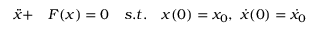
\begin{array} { r l } { \ddot { x } + } & { { } F ( x ) = 0 \quad s . t . \quad x ( 0 ) = x _ { 0 } , \ \dot { x } ( 0 ) = \dot { x } _ { 0 } } \end{array}